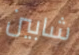
شابين